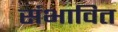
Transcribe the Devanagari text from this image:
संभावित